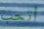
أتحب